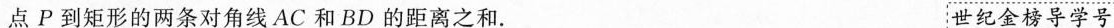
点P到矩形的两条对角线AC和BD的距离之和。 世纪金榜导学号